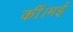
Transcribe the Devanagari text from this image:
कीं।मई